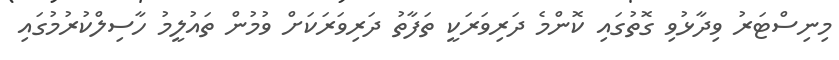
މިނިސްޓަރު ވިދާޅުވި ގޮތުގައި ކޮންމެ ދަރިވަރަކީ ތަފާތު ދަރިވަރަކަށް ވުމުން ތައުލީމު ހާސިލްކުރުމުގައި